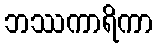
ဘဿကာရိကာ